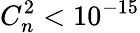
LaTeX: C_{n}^{2}<10^{-15}